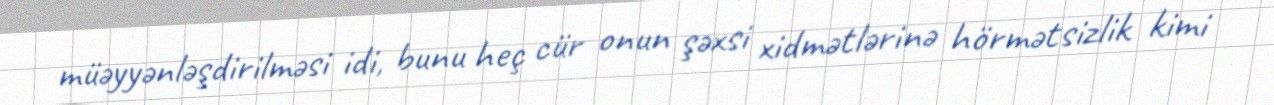
müəyyənləşdirilməsi idi, bunu heç cür onun şəxsi xidmətlərinə hörmətsizlik kimi